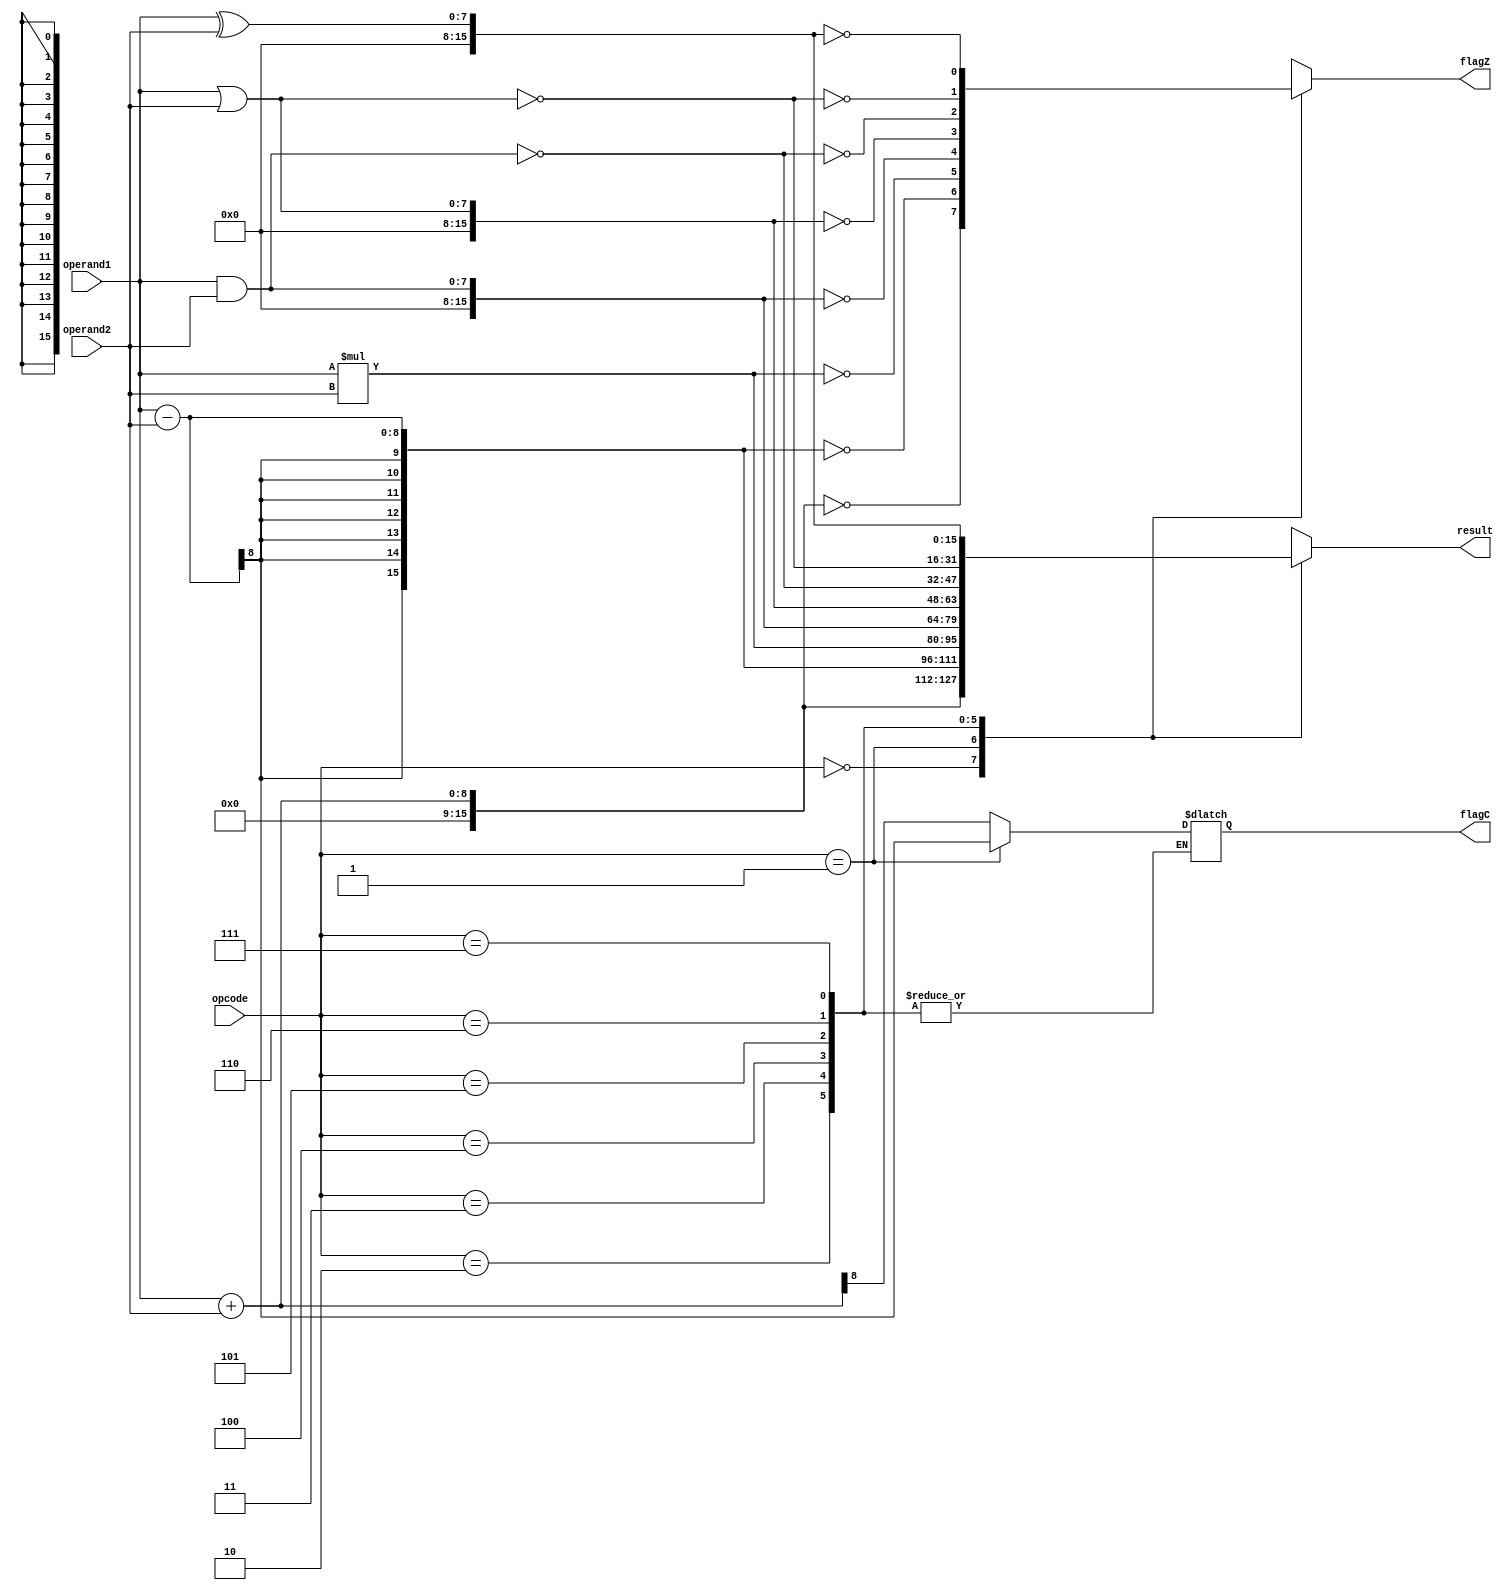
`timescale 1ms / 1ns
//////////////////////////////////////////////////////////////////////////////////
// Company: 
// Engineer: 
// 
// Design Name: 
// Module Name: ALU_1
// Project Name: 
// Target Devices: 
// Tool Versions: 
// Description: 
// 
// Dependencies: 
// 
// Revision:
// Revision 0.01 - File Created
// Additional Comments:
// 
//////////////////////////////////////////////////////////////////////////////////


module ALU (opcode,operand1,operand2,result,flagC,flagZ);
input [2:0]opcode;
input[7:0]operand1,operand2;
output reg[15:0]result=16'b0;
output reg flagC = 1'b0,flagZ=1'b0;
parameter[2:0]ADD =3'b000,
SUB = 3'b001,
MUL =  3'b010,
AND =  3'b011,
OR =  3'b100,
NAND =  3'b101,
NOR =  3'b110,
XOR =  3'b111;
always@(opcode,operand1,operand2)
begin
case(opcode)
ADD:begin
result = operand1+operand2;
flagC = result[8];
flagZ = (result == 16'b0);
end
SUB:begin
result = operand1 - operand2;
flagC = result[8];
flagZ = (result == 16'b0);
end

MUL: begin
result = operand1*operand2;
flagZ = (result == 16'b0);
end

AND: begin
result = operand1&operand2;
flagZ = (result == 16'b0);
end

OR: begin
result = operand1|operand2;
flagZ = (result == 16'b0);
end
NAND: begin
result = ~(operand1&operand2);
flagZ = (result == 16'b0);
end
NOR: begin
result = ~(operand1|operand2);
flagZ = (result == 16'b0);
end
XOR: begin
result = operand1^operand2;
flagZ = (result == 16'b0);
end 
default:begin
result = 16'b0;
flagC = 1'b0;
flagZ = 1'b0;
end
endcase
end
endmodule